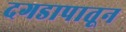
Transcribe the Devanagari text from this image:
दगडापातून